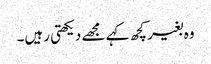
وہ بغیر کچھ کہے مجھے دیکھتی رہیں‌۔